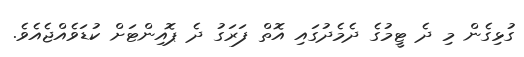
ގުޅިގެން މި ދެ ޓީމުގެ ދެމެދުގައި އޮތް ފަރަގު ދެ ޕޮއިންޓަށް ކުޑަވެއްޖެއެވެ.